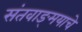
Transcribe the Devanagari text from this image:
संतवाङ्‌मयाचे